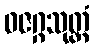
ဓဇဂ္ဂသုတ္တံ